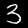
Digit: 3